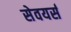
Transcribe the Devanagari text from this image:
सेवयर्स